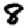
Digit: 8